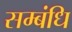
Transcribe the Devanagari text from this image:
सम्बंधि